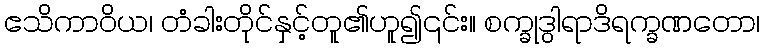
ဧသိကာဝိယ၊ တံခါးတိုင်နှင့်တူ၏ဟူ၍၎င်း။ စက္ခုဒွါရာဒိရက္ခဏတော၊